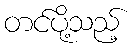
တင်ပို့သည့်